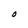
Character: O